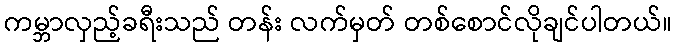
ကမ္ဘာလှည့်ခရီးသည် တန်း လက်မှတ် တစ်စောင်လိုချင်ပါတယ်။